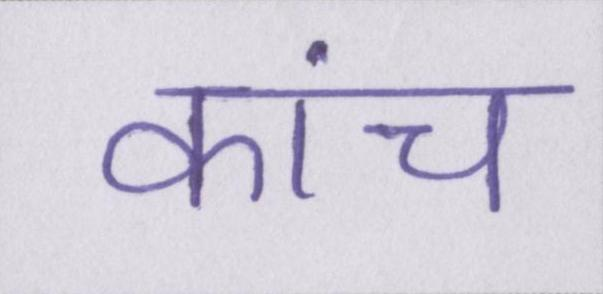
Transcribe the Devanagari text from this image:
कांच